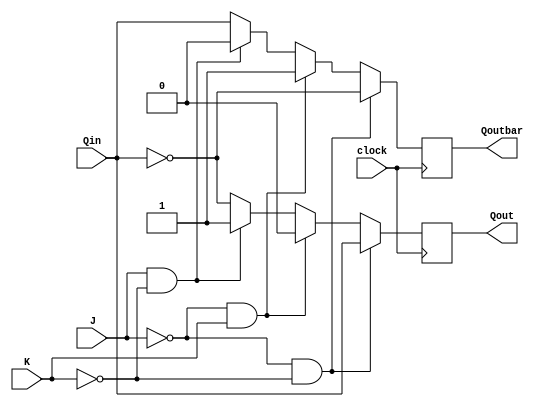
module jkff(input wire clock,
input wire J,
input wire K,
input wire Qin,
output reg Qout,
output reg Qoutbar);

always @ (posedge clock)
begin
if ((!J) &&(!K))
begin
Qout = Qin;
Qoutbar = !Qin;
end
else if((!J) &&(K))
begin
Qout = 0;
Qoutbar = 1;
end
else if((J) &&(!K))
begin
Qout = 1;
Qoutbar = 0;
end
else
begin
Qout = !Qin;
Qoutbar = Qin;
end
end
endmodule

module jkff_tb;
wire Qout, Qoutbar;
reg J, K, Qin, clock;
jkff m(clock,J,K,Qin,Qout,Qoutbar);


initial
begin
	$monitor("J=%b, K=%b, Qin=%b, Qout=%b, Qoutbar=%b\n",J,K,Qin,Qout,Qoutbar);
	clock=0;
	
	clock=1;
	J = 1'b0;
	K = 1'b0;
	Qin = 1'b0;
	clock=0;
	
	#5
	clock=1;
	J = 1'b0;
	K = 1'b0;
	Qin = 1'b1;
	clock=0;
	
	#5
	clock=1;
	J = 1'b0;
	K = 1'b1;
	Qin = 1'b0;
	clock=0;
	
	#5
	clock=1;
	J = 1'b0;
	K = 1'b1;
	Qin = 1'b1;
	clock=0;
	
	#5
	clock=1;
	J = 1'b1;
	K = 1'b0;
	Qin = 1'b0;
	clock=0;
	
	#5
	clock=1;
	J = 1'b1;
	K = 1'b0;
	Qin = 1'b1;
	clock=0;
	
	#5
	clock=1;
	J = 1'b1;
	K = 1'b1;
	Qin = 1'b0;
	clock=0;
	
	#5
	clock=1;
	J = 1'b1;
	K = 1'b1;
	Qin = 1'b1;
	clock=0;
end
endmodule